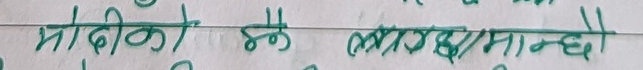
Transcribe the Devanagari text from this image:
मोदीको हक लागु मान्छे